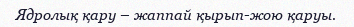
Ядролық қару – жаппай қырып-жою қаруы.